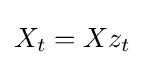
X_{t}=Xz_{t}